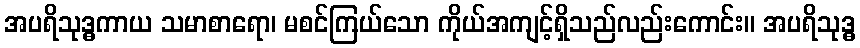
အပရိသုဒ္ဓကာယ သမာစာရော၊ မစင်ကြယ်သော ကိုယ်အကျင့်ရှိသည်လည်းကောင်း။ အပရိသုဒ္ဓ